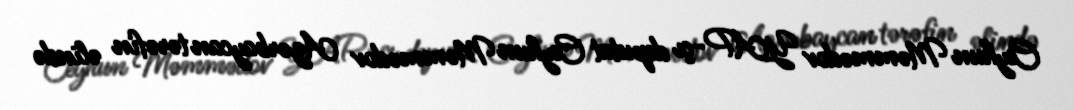
Ceyhun Məmmədov YAP-çı deputat Ceyhun Məmmədov Azərbaycan tərəfin əlində